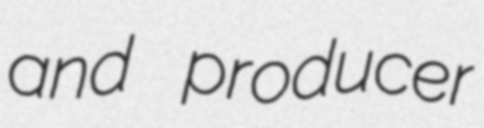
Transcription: and producer